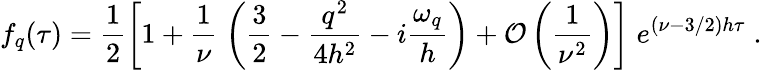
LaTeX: f_{q}(\tau)=\frac 12\left[1+\frac{1}{\nu}\; \left(\frac 32-{\frac{q^{2}}{4h^{2}}}-i{\frac{\omega_{q}}{h}}\right)+{\cal O}\left(\frac 1{\nu^{2}}\right)\right]\; e^{(\nu-3/2)h\tau}\; .